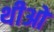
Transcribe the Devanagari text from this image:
थीओ